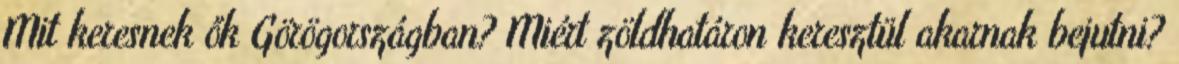
Mit keresnek ők Görögországban? Miért zöldhatáron keresztül akarnak bejutni?